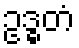
ဥဒ္ဓတံ